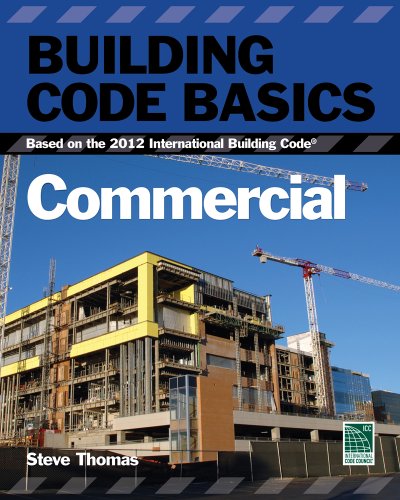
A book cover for Building Code Basics: Commercial; Based on the International Building Code (International Code Council Series); International Code Council; Law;